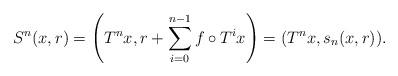
LaTeX: \begin{align*}S^n(x,r)=\left(T^nx,r+\sum_{i=0}^{n-1}f\circ T^ix\right)=(T^nx,s_n(x,r)).\end{align*}